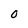
Character: O